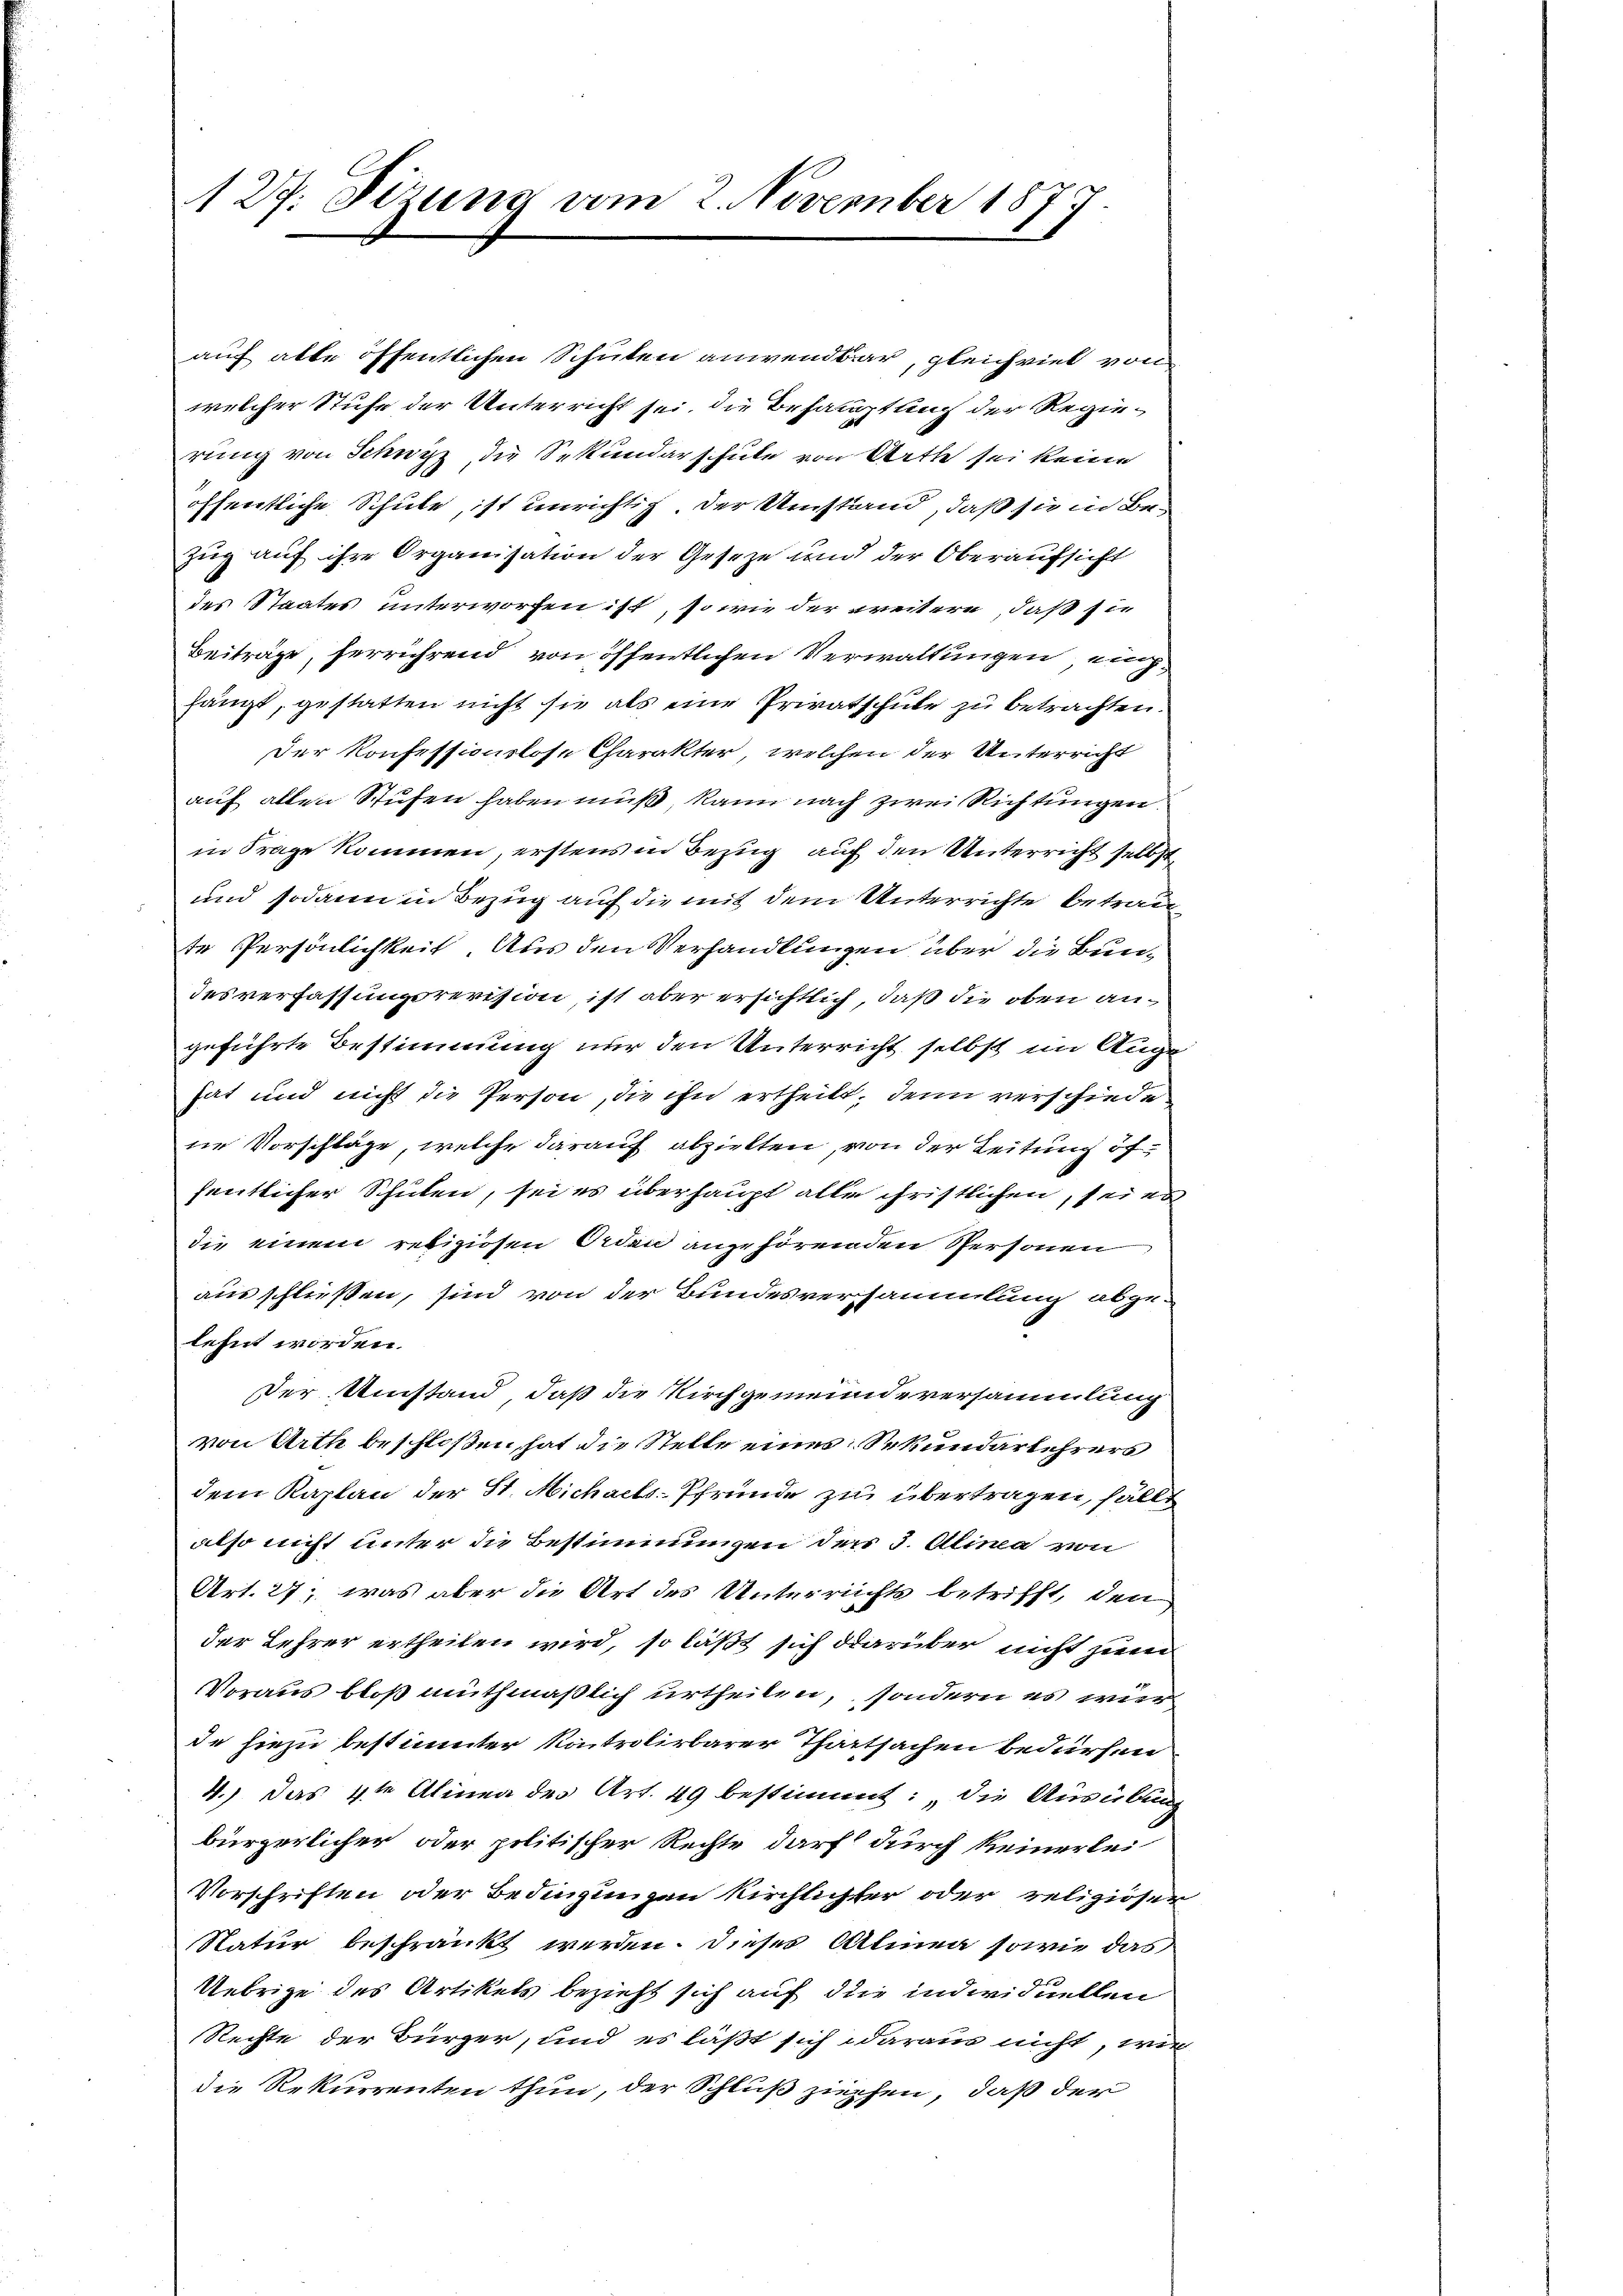
127. Sizung vom 2. November 1877.

auf alte öffentlichen Schulen anwendbar, gleichviel von
welcher Stufe der Unterricht sei, die Behauptung der Regie-
rung von Schwyz, die Sekundarschule von Arthe sei keine
öffentliche Schule, ist unrichtig, der Umstand, daß sie in Bezug auf ihre Organisation der Geseze und der Oberaufsicht
des Staates unterworfen ist, so wie der weitere, daß sie
Beiträge, herrührend von öffentlichen Verwaltungen einhängt, gestatten nicht sie als eine Privatschule zu betrachten.
Der Konfessionslose Charakter, welchen der Unterricht
auf allen Stufen haben muß, kann nach zwei Richtungen.
in Frage kommen, erstens in Bezug auf den Unterricht selbst,
und sodann in Bezug auf die mit dem Unterrichte betraut
te Persönlichkeit. Aus den Verhandlungen über die Bundesverfassungsrevision, ist aber ersichtlich, daß die oben angeführte Bestimmung nur den Unterricht selbst im Auge
hat und nicht die Person, die ihn ertheilt, denn verschiede
ne Vorschläge, welche darauf abzielten, von der Leitung öffentlicher Schulen, sei es überhaupt alle christlichen, sei es
die einem religiosen Orden angehörenden Personen
ausschließen, sind von der Bundesversammlung abgelehnt worden.
Der Umstand, daß die Kirchgemeindeversammlung
von Arth beschloßen, hat die Stelle eines Sekundarlehrers
dem Kaplan der St. Michaels-Pfründe zu übertragen, fälle
also nicht unter die Bestimmungen der 3. Alima von
Art. 27; was aber die Art des Unterrichts betrifft, den
der Lehrer ertheilen wird, so läßt sich darüber nicht zum
Voraus bloß muthmaßlich urtheilen, sondern es wir
de hiezu bestimmter Kontrolirbarer Thatsachen bedürfen
4.) Das 4te Alinea des Art. 49 bestimmt: „die Ausübung
bürgerlicher oder politischer Rechte darf durch keinerlei-
Vorschriften oder Bedingungen Kirchlichter oder religiöser
Natur beschränkt werden. Dieses Almen sowie das
Uebrige des Artikels bezieht sich auf die individuellen
Rechte der Bürger, und es läßt sich daraus nicht, wie
die Rekurrenten thun, der Schluß ziehen, daß der